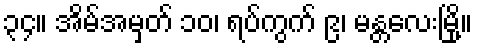
၃၄။ အိမ်အမှတ် ၁၀၊ ရပ်ကွက် ၉၊ မန္တလေးမြို့။